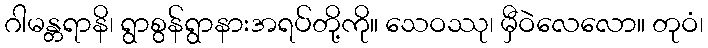
ဂါမန္တရာနိ၊ ရွာစွန်ရွာနားအရပ်တို့ကို။ သေဝဿု၊ မှီဝဲလေလော။ တုဝံ၊